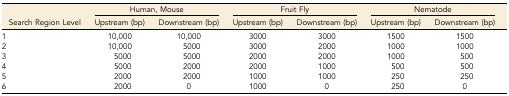
<table><thead><tr><td></td><td colspan="2"><b>Human, Mouse</b></td><td colspan="2"><b>Fruit Fly</b></td><td colspan="2"><b>Nematode</b></td></tr><tr><td><b>Search Region Level</b></td><td><b>Upstream (bp)</b></td><td><b>Downstream (bp)</b></td><td><b>Upstream (bp)</b></td><td><b>Downstream (bp)</b></td><td><b>Upstream (bp)</b></td><td><b>Downstream (bp)</b></td></tr></thead><tbody><tr><td>1</td><td>10,000</td><td>10,000</td><td>3000</td><td>3000</td><td>1500</td><td>1500</td></tr><tr><td>2</td><td>10,000</td><td>5000</td><td>3000</td><td>2000</td><td>1000</td><td>1000</td></tr><tr><td>3</td><td>5000</td><td>5000</td><td>2000</td><td>2000</td><td>1000</td><td>500</td></tr><tr><td>4</td><td>5000</td><td>2000</td><td>2000</td><td>1000</td><td>500</td><td>500</td></tr><tr><td>5</td><td>2000</td><td>2000</td><td>1000</td><td>1000</td><td>250</td><td>250</td></tr><tr><td>6</td><td>2000</td><td>0</td><td>1000</td><td>0</td><td>250</td><td>0</td></tr></tbody></table>